Report of an investigation into the causes of the diseases known in Assam as Kála-Azár and Beri-Beri
Disease focus: Beri-Beri
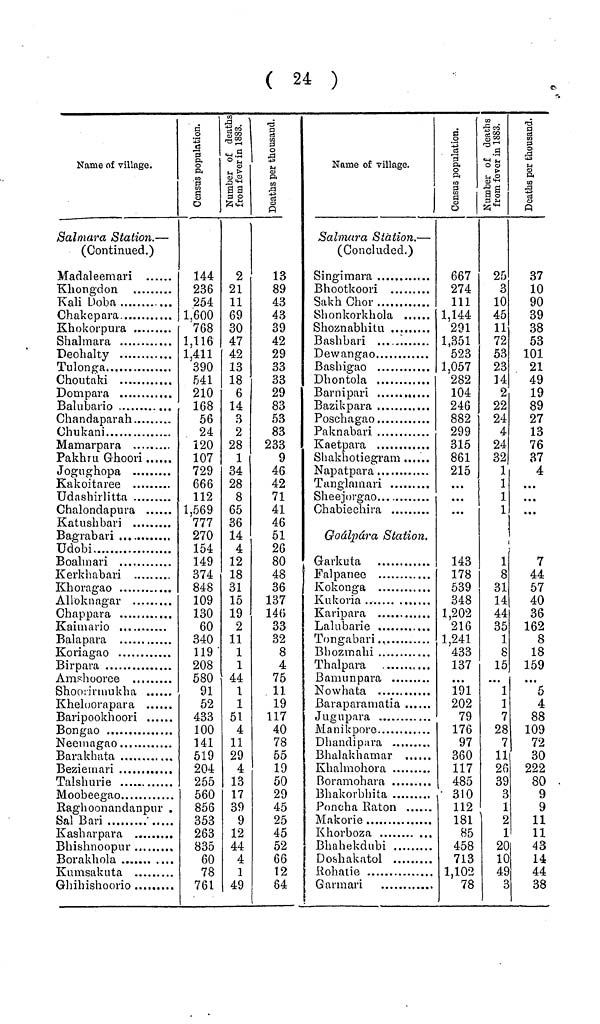
( 24 )
Name of village.
Salmara Station. —
(Continued.)
Madaleemari
Kali Doba
Chakepara
Shalmara
Deohalty
Tulonga
Dompara
Balubario
Chandaparah
Chukani
Mamarpara
Pakhru Ghoori
Jogughopa
Kakoitaree
Udashirlitta
Chalondapura
Bagrabari
Udobi
Boalmari
Kerkhabari
Khoragao
Chappara
Balapara
Koriagao
Birpara
Amshooree
Shoorirmukha
Kheloorapara
Baripookhoori
Bongao
Neemagao
Barakhata
Beziemari
Talshuri e
Moobeegao.
Raghoonandanpur .
Sal Ban
Kasharpara
Bhishnoopur
Borakhola
Kumsakuta
144
236
254
1,600
768
1,116
1,411
390
541
210
168
56
24
120
107
729
666
112
1,569
111
270
154
149
374
848
109
130
60
340
119
208
580
91
52
433
100
141
519
204
255
560
856
353
263
835
60
78
761
2
21
11
69
30
47
42
13
18
6
14
3
2
28
1
34
28
8
65
36
14
4
12
18
31
15
19
2
11
1
1
44
1
1
5l
4
11
29
4
13
17
39
9
12
44
4
1
49
13
89
43
43
39
42
29
33
33
29
83
53
83
233
9
46
42
71
41
46
51
26
80
48
36
137
146
33
32
8
4
75
11
19
117
40
78
55
19
50
29
45
25
45
52
66
12
84
Name of village.
Salmara Station. —
(Concluded.)
Singimara
Bhootkoori
SakhChor
Shonkorkhola
Shoznabhitu
Bashbari
Dewangao
Bashigao
Dhontola
Barnipari
Bazikpara
Poschagao
Paknabari
Kaetpara
Shakhotiegram
Napatpara
Tanglamari
Sheejorgao
Chabiechira
Goálpára Station.
Garkuta
Falpanee
Kokonga
Kukoria
Karipara
Lalubarie
Tongabari .
Bhozmahi
Thalpara
Bamunpara
Nowhata
Baraparamatia
Jugupara
Manikpore
Dhandipara
Bhalakhamar
Khalmohora
Boramohara
Bhakorbhita
Poncha Raton
Makorie
Khorboza
Bhahekdubi
Doshakatol
Rohatie
Garmari
667
274
111
1,144
291
1,351
523
1,057
282
104
246
882
299
315
861
215
143
178
539
348
1,202
216
1,241
433
137
191
202
79
176
97
360
117
485
310
112
181
85
458
713
1,102
78
25
3
10
45
11
72
53
23
14
2
22
24
4
24
32
1
1
1
1
1
8
31
14
44
35
1
8
15
1
1
V
28
V
11
2t
3t
3
1
2
1
20
10
49
3
37
10
90
39
38
53
101
21
49
19
89
27
13
76
37
4
...
...
7
44
57
40
36
162
8
18
159
5
4
88
109
72
30
222
80
9
9
11
11
)
43
)
14
44
38